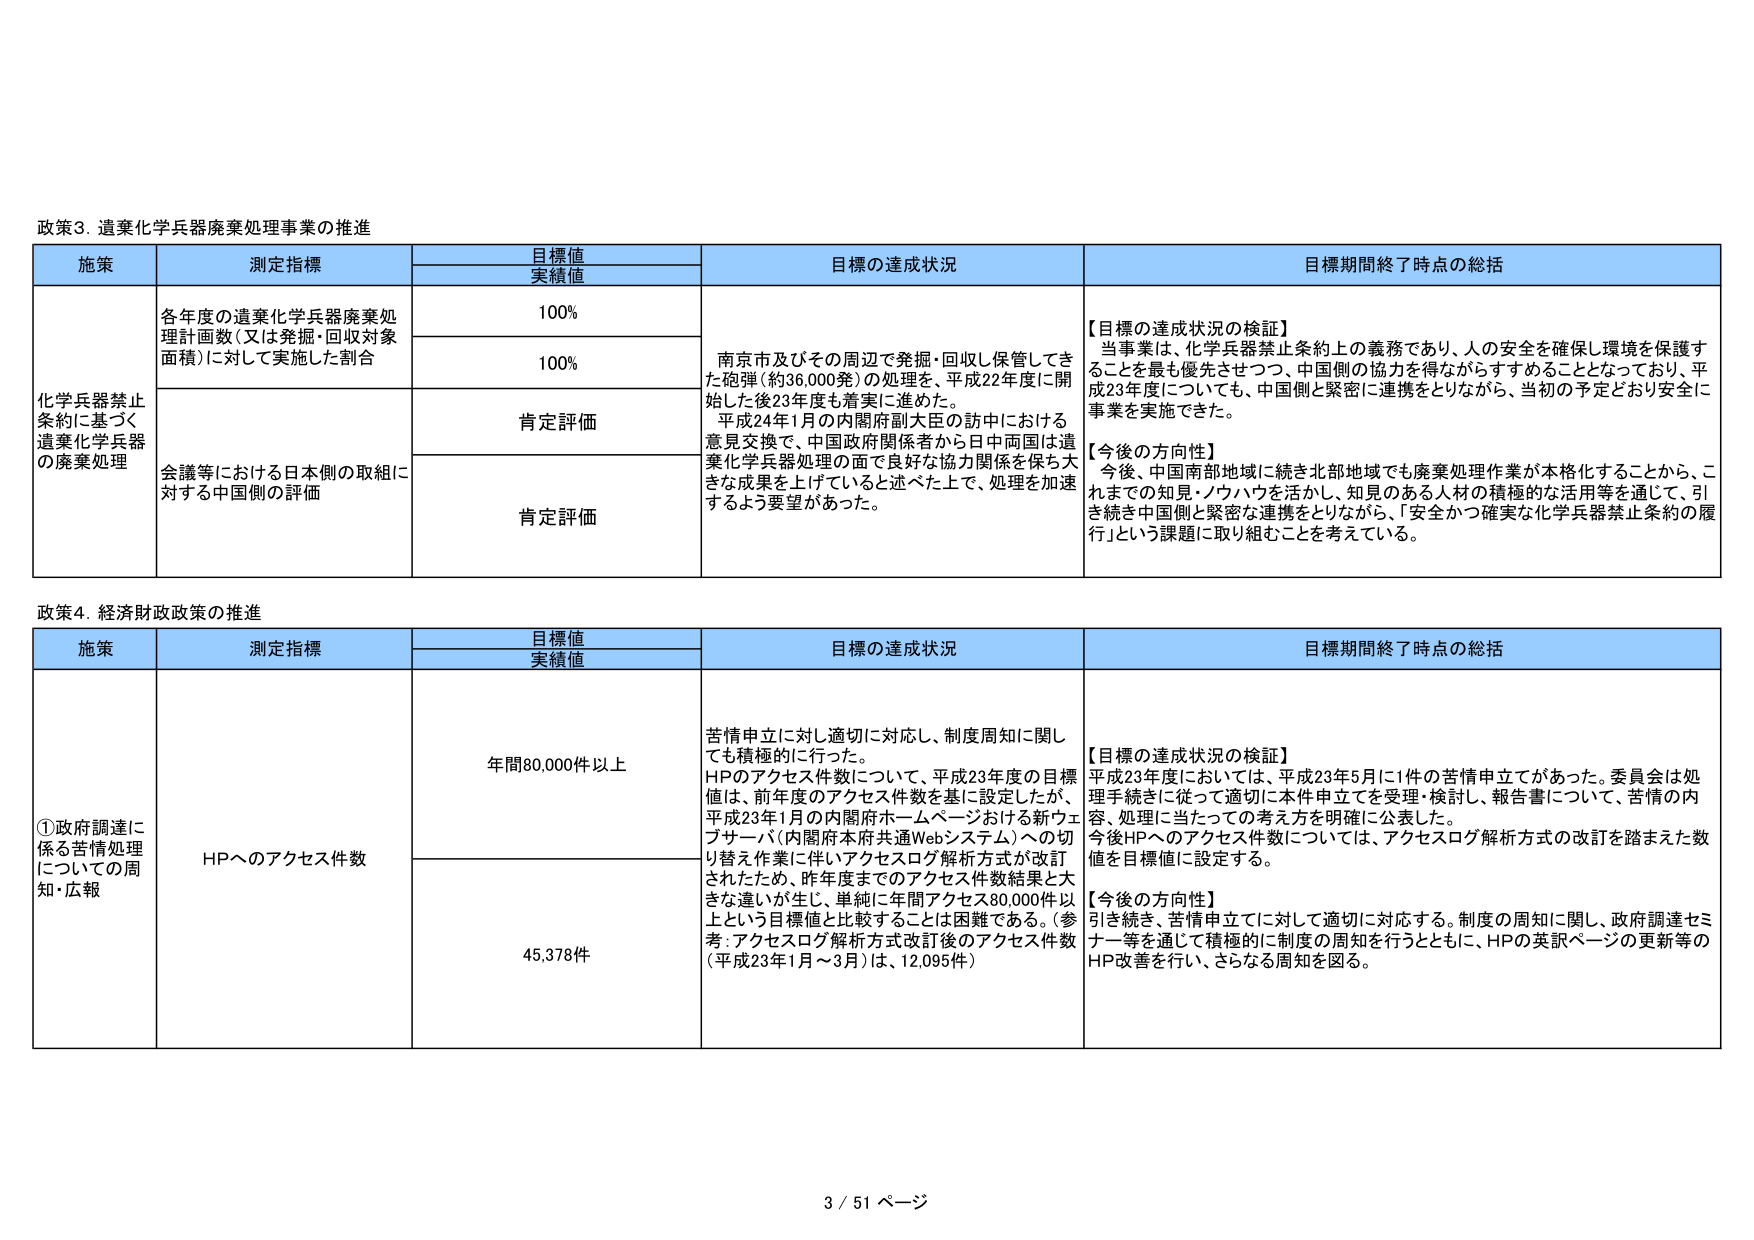
政策3. 遺棄化学兵器廃棄処理事業の推進

施策　　　　　　　　　測定指標　　　　　　　　　目標値　　　　　　　　目標の達成状況　　　　　　　　　目標期間終了時点の総括
　　　　　　　　　　　　　　　　　　　　　　実績値

化学兵器禁止条約に基づく遺棄化学兵器の廃棄処理　各年度の遺棄化学兵器廃棄処理計画数（又は発掘・回収対象面積）に対して実施した割合　100%　　南京市及びその周辺で発掘・回収し保管してきた砲弾（約36,000発）の処理を、平成22年度に開始した後23年度も着実に進めた。平成24年1月の内閣府副大臣の訪中における意見交換で、中国政府関係者から日中両国は遺棄化学兵器処理の面で良好な協力関係を保ち大きな成果を上げていると述べた上で、処理を加速するよう要望があった。　【目標の達成状況の検証】当事業は、化学兵器禁止条約上の義務であり、人の安全を確保し環境を保護することを最も優先させつつ、中国側の協力を得ながらすすめることとなっており、平成23年度についても、中国側と緊密に連携をとりながら、当初の予定どおり安全に事業を実施できた。【今後の方向性】今後、中国南部地域に続き北部地域でも廃棄処理作業が本格化することから、これまでの知見・ウハウを活かし、知見のある人材の積極的な活用等を通じて、引き続き中国側と緊密な連携をとりながら、「安全かつ確実な化学兵器禁止条約の履行」という課題に取り組むことを考えている。

　　　　　　　　　　　　　　　　　　　　　　100%

　　　　　　　　　　　　　　　　　　　　　　肯定評価

　　　　　　　　　　　　　　　　　　　　　　肯定評価

会議等における日本側の取組に対する中国側の評価

政策4. 経済財政政策の推進

施策　　　　　　　　　測定指標　　　　　　　　　目標値　　　　　　　　目標の達成状況　　　　　　　　　目標期間終了時点の総括
　　　　　　　　　　　　　　　　　　　　　　実績値

①政府調達に係る苦情処理についての周知・広報　HPへのアクセス件数　年間80,000件以上　苦情申立に対し適切に対応し、制度周知に関しても積極的に行った。HPのアクセス件数について、平成23年度の目標値は、前年度のアクセス件数を基に設定したが、平成23年1月の内閣府ホームページおける新ウェブサーバ（内閣府本府共通Webシステム）への切替え作業に伴いアクセスログ解析方式が改訂されたため、昨年度までのアクセス件数結果と大きな違いが生じ、単純に年間アクセス80,000件以上という目標値と比較することは困難である。（参考：アクセスログ解析方式改訂後のアクセス件数（平成23年1月～3月）は、12,095件）　【目標の達成状況の検証】平成23年度においては、平成23年5月に1件の苦情申立があった。委員会は処理手続きに従って本件申立を受理・検討し、報告書について、苦情の内容、処理に当たっての考え方を明確に公表した。今後HPへのアクセス件数については、アクセスログ解析方式の改訂を踏まえた数値を目標値に設定する。【今後の方向性】引き続き、苦情申立に対して適切に対応する。制度の周知に関し、政府調達セミナー等を通じて積極的に制度の周知を行うとともに、HPの英語ページの更新等のHP改善を行い、さらなる周知を図る。

　　　　　　　　　　　　　　　　　　　　　　45,378件

3 / 51 ページ